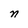
Character: n